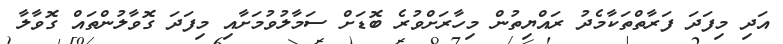
އަދި މިފަދަ ފަރާތްތަކާމެދު ރައްޔިތުން މިހާރަށްވުރެ ބޮޑަށް ސަމާލުވުމަށާއި މިފަދަ ގޮވާލުންތައް ގޮވާލާ